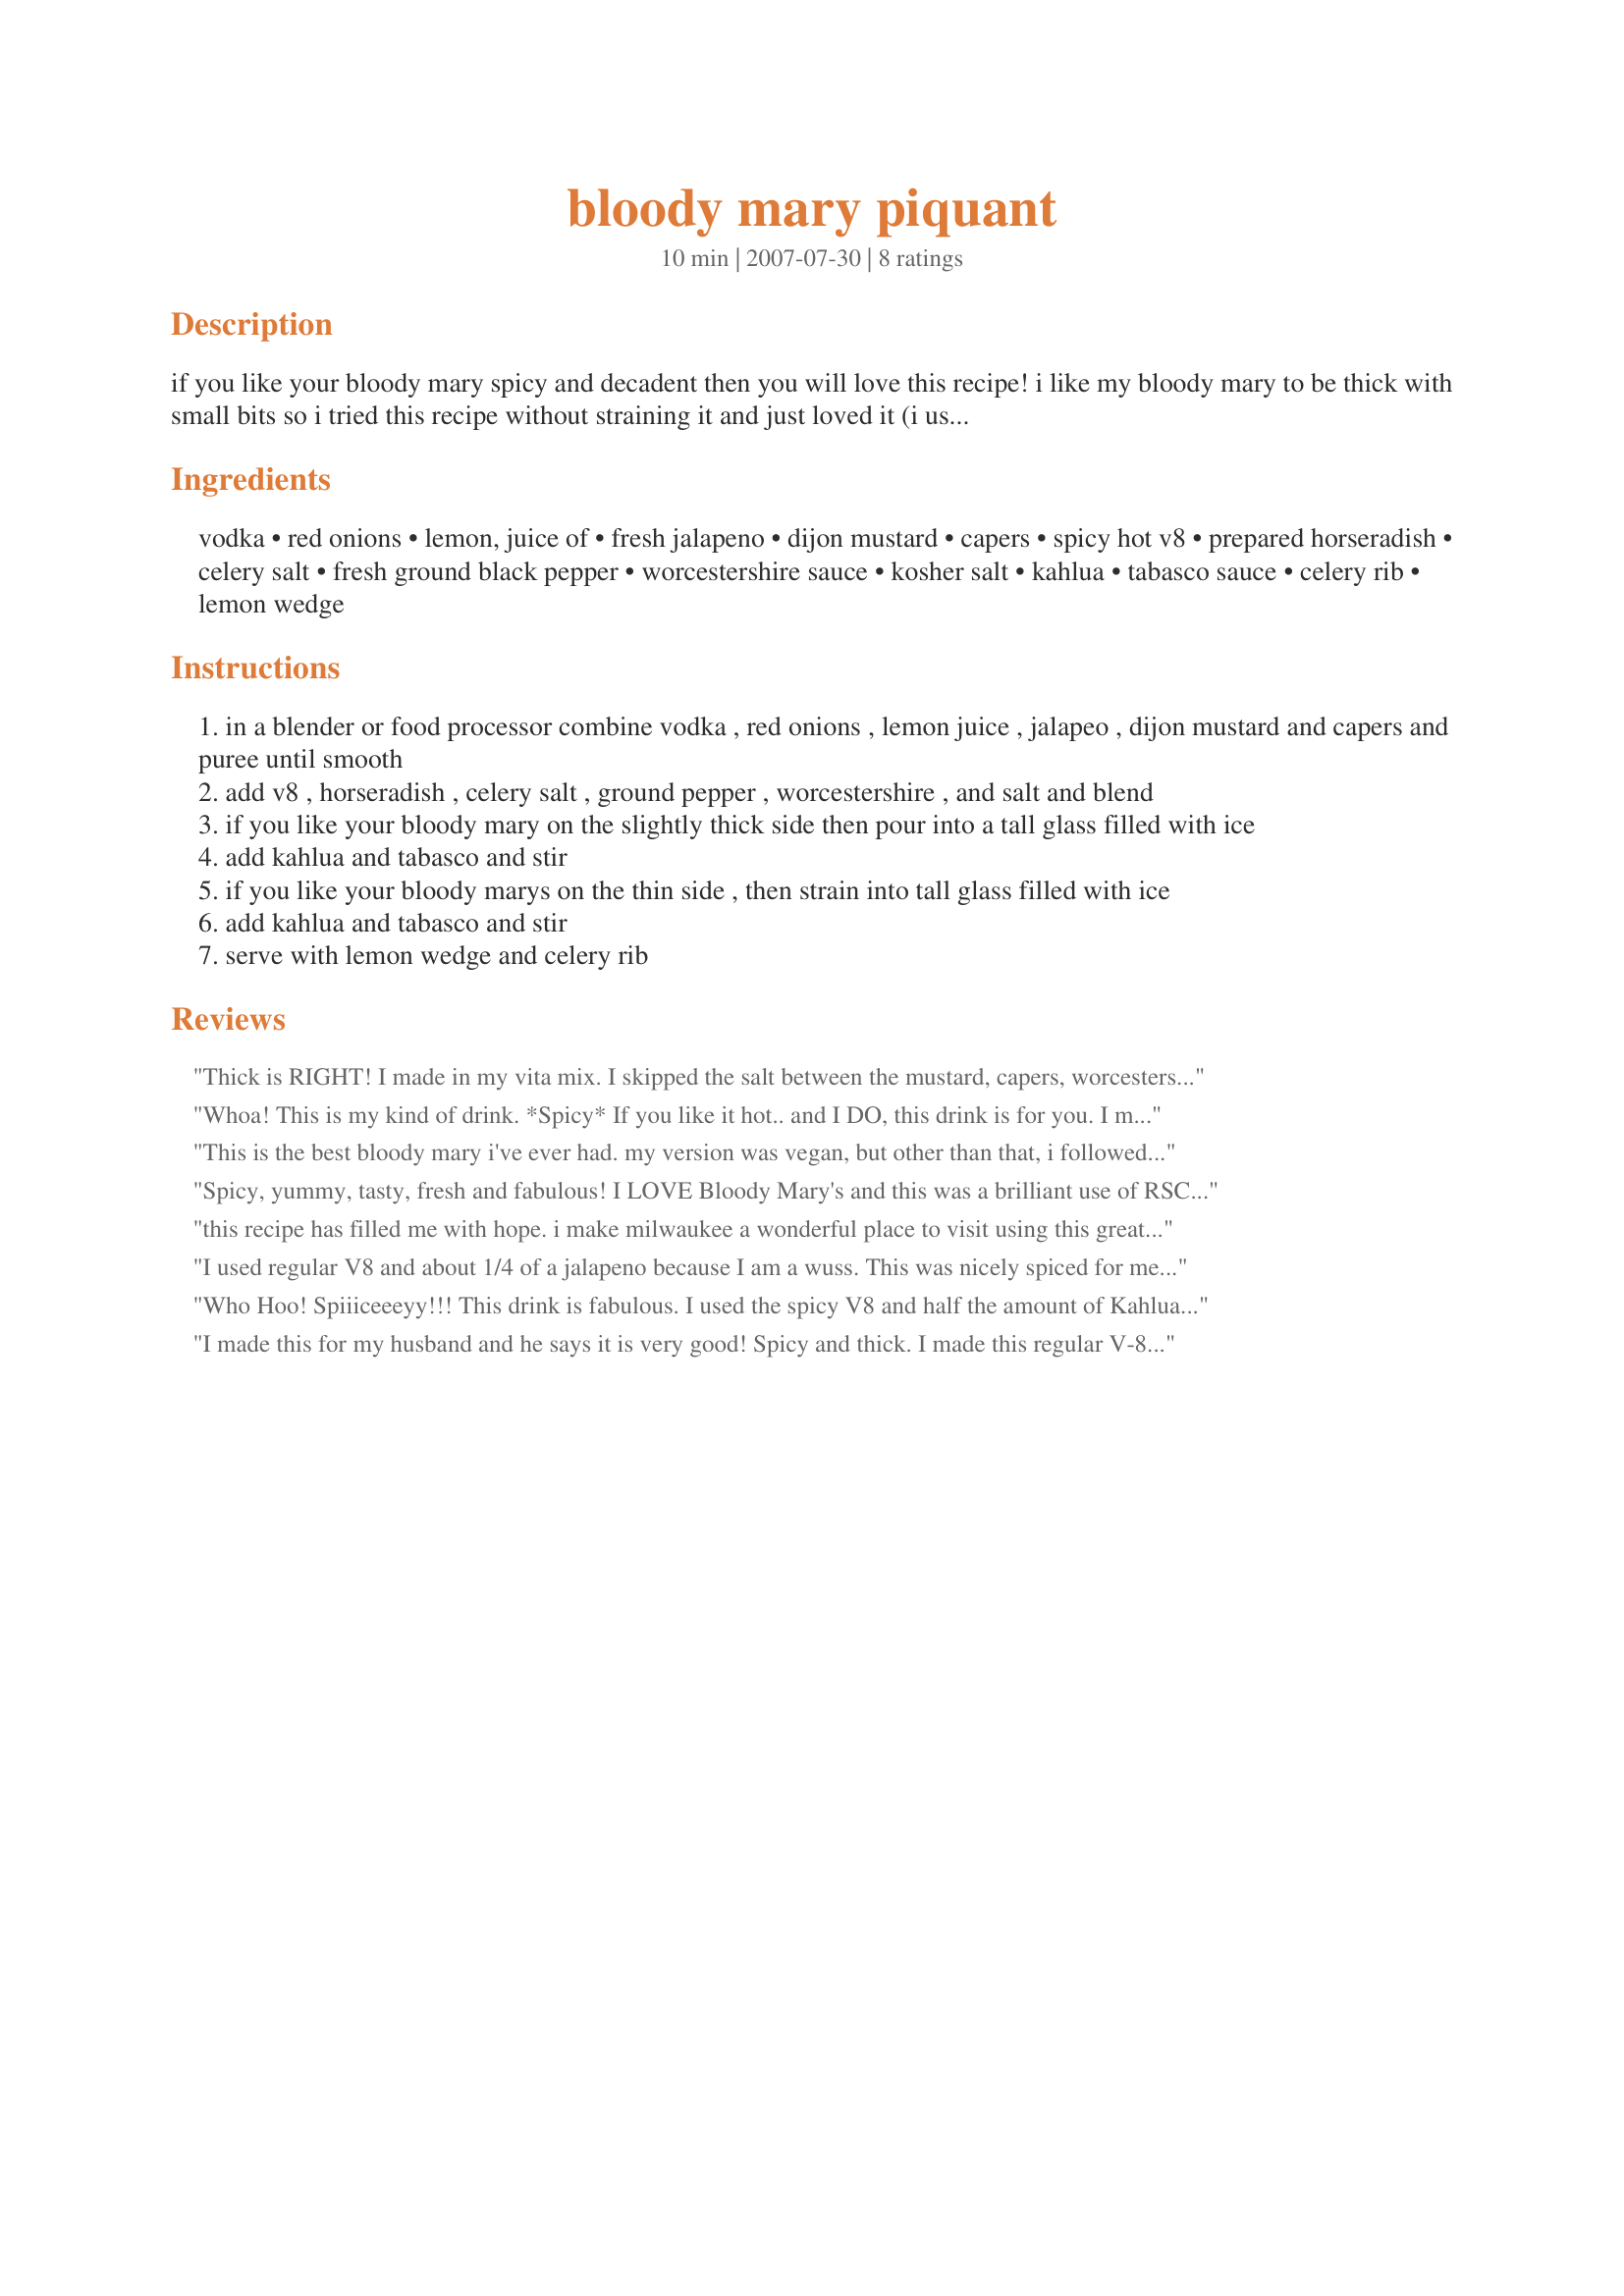
bloody mary piquant
Preparation time: 10 minutes

if you like your bloody mary spicy and decadent then you will love this recipe! i like my bloody mary to be thick with small bits so i tried this recipe without straining it and just loved it (i used a food processor)! it was also very good strained for those that do not like them thick. the kahlua adds a nice richness and a slight sweetness that tones down the peppers. this is a spicy bloody mary and it is wonderful! for a bloody mary that is not as spicy you can use regular v8 instead of the spicy blend. this recipe was created for rsc #10.

Ingredients:
vodka, red onions, lemon, juice of, fresh jalapeno, dijon mustard, capers, spicy hot v8, prepared horseradish, celery salt, fresh ground black pepper, worcestershire sauce, kosher salt, kahlua, tabasco sauce, celery rib, lemon wedge

Steps:
in a blender or food processor combine vodka , red onions , lemon juice , jalapeo , dijon mustard and capers and puree until smooth
add v8 , horseradish , celery salt , ground pepper , worcestershire , and salt and blend
if you like your bloody mary on the slightly thick side then pour into a tall glass filled with ice
add kahlua and tabasco and stir
if you like your bloody marys on the thin side , then strain into tall glass filled with ice
add kahlua and tabasco and stir
serve with lemon wedge and celery rib

Reviews:
Thick is RIGHT! I made in my vita mix. I skipped the salt between the mustard, capers, worcestershire sauce having lots of sodium the V8 is the real high loader of it! 2,400 mg of sodium. This would be just as great if use fresh garden tomatoes and veggies. I love the heat it was perfect with the regular V8. This does serve 2 over ice in 2 tall glasses. Thanks! Great work!
Whoa! This is my kind of drink. *Spicy* If you like it hot.. and I DO, this drink is for you. I made exactly as stated and strained it into my tall glass. I used regular V8 as that's all I had on hand. The Flavours were fantastic. I'm really impressed with this one! I would definitely make again. Chased this one with a heiny ;) Great job Chef, you deserve more than 5 stars for the creativity this drinks has.
This is the best bloody mary i've ever had. my version was vegan, but other than that, i followed the instructions. lovely.
Spicy, yummy, tasty, fresh and fabulous! I LOVE Bloody Mary's and this was a brilliant use of RSC ingredients. Good Luck chef!
this recipe has filled me with hope. i make milwaukee a wonderful place to visit using this great recipe. god bless the chef
I used regular V8 and about 1/4 of a jalapeno because I am a wuss. This was nicely spiced for me with a little bit of a kick and very enjoyable. I omitted the salt in an effort to keep my sodium level within a healthy range for the day. I would decrease the amount of capers next time--although I love them, a little less in this would have been ok with me.
Who Hoo! Spiiiceeeyy!!! This drink is fabulous. I used the spicy V8 and half the amount of Kahlua. I did not strain my drink and enjoyed the bits and pieces floating in it. I love spicy so this did the trick for me!
I made this for my husband and he says it is very good! Spicy and thick. I made this regular V-8 and increased the amount of horseradish because he likes it really spicy! Thanks so much!
